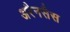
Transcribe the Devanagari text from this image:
अरैनसैस